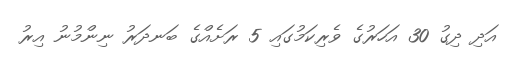
އަދި ދިގު 30 އަހަރުގެ ވެރިކަމުގައި 5 ރަށެއްގެ ބަނދަރު ނިންމުނު އިރު